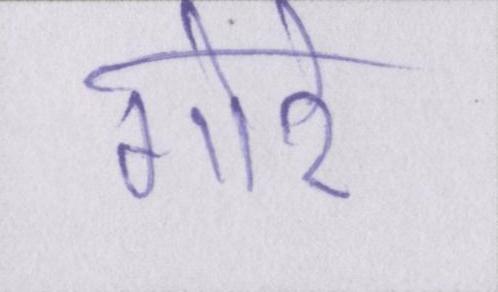
गोरे